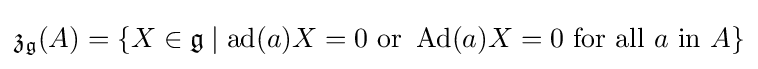
{\mathfrak {z}}_{\mathfrak {g}}(A)=\{X\in {\mathfrak {g}}\mid \operatorname {ad} (a)X=0{\text{ or }}\operatorname {Ad} (a)X=0{\text{ for all }}a{\text{ in }}A\}